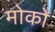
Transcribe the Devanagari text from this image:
मोकों